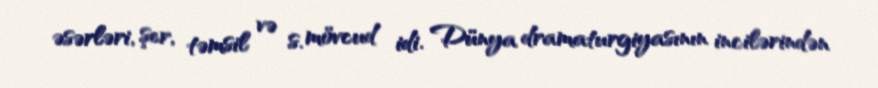
əsərləri, şer, təmsil və s. mövcud idi. Dünya dramaturgiyasının incilərindən